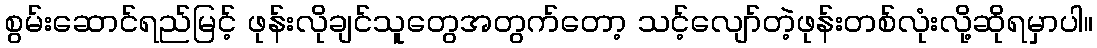
စွမ်းဆောင်ရည်မြင့် ဖုန်းလိုချင်သူတွေအတွက်တော့ သင့်လျော်တဲ့ဖုန်းတစ်လုံးလို့ဆိုရမှာပါ။